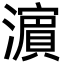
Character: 濵